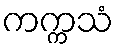
ကက္ကသံ